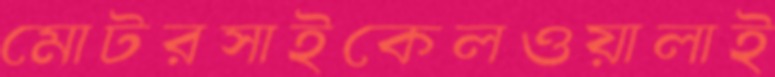
মোটরসাইকেলওয়ালাই